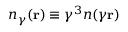
n _ { \gamma } ( { \bf r } ) \equiv \gamma ^ { 3 } n ( \gamma { \bf r } )